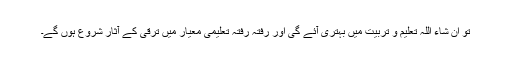
تو ان شاء اللہ تعلیم و تربیت میں بہتری آئے گی اور رفتہ رفتہ تعلیمی معیار میں ترقی کے آثار شروع ہوں گے۔